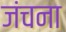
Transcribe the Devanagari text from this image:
जंचना